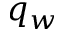
q _ { w }